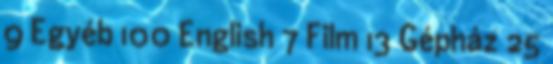
9 Egyéb 100 English 7 Film 13 Gépház 25